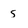
Character: s